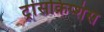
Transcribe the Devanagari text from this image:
ट्रांसक्रिप्शंस